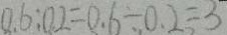
0 . 6 : 0 . 2 = 0 . 6 \div 0 . 2 = 3